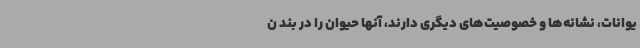
یوانات، نشانه‌ها و خصوصیت‌های دیگری دارند، آنها حیوان را در بند ن